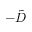
- \tilde { D }